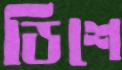
ডিশে